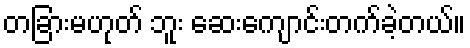
တခြားမဟုတ် ဘူး ဆေးကျောင်းတက်ခဲ့တယ်။